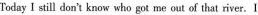
TodayⅠ still don't know who got me out of that river.I